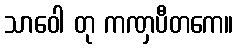
သာဝေါ တု ကဏှပီတကေ။